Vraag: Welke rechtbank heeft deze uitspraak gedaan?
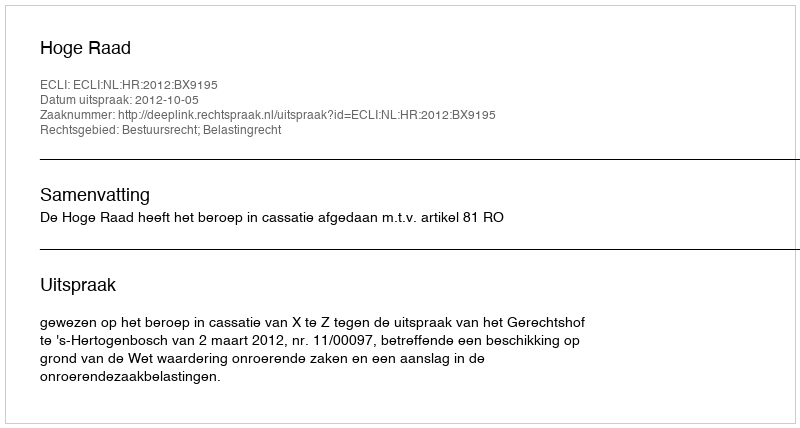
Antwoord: Hoge Raad